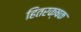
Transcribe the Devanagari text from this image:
हितरक्षक